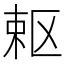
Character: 𭪈